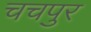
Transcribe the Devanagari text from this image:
चचपुर